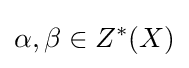
\alpha ,\beta \in Z^{*}(X)